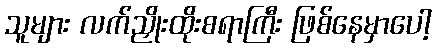
သူများ လက်ညှိုးထိုးစရာကြီး ဖြစ်နေမှာပေါ့